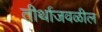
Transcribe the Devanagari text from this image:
तीर्थाजवळील